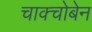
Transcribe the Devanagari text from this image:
चाक्चोबेन